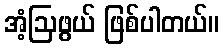
အံ့ဩဖွယ် ဖြစ်ပါတယ်။